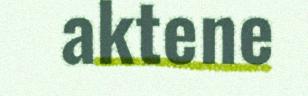
aktene